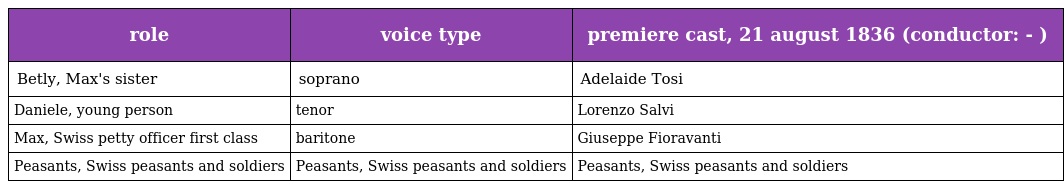
| role | voice type | premiere cast, 21 august 1836 (conductor: - ) |
 | --- | --- | --- |
 | Betly, Max's sister | soprano | Adelaide Tosi |
 | Daniele, young person | tenor | Lorenzo Salvi |
 | Max, Swiss petty officer first class | baritone | Giuseppe Fioravanti |
 | Peasants, Swiss peasants and soldiers | Peasants, Swiss peasants and soldiers | Peasants, Swiss peasants and soldiers |